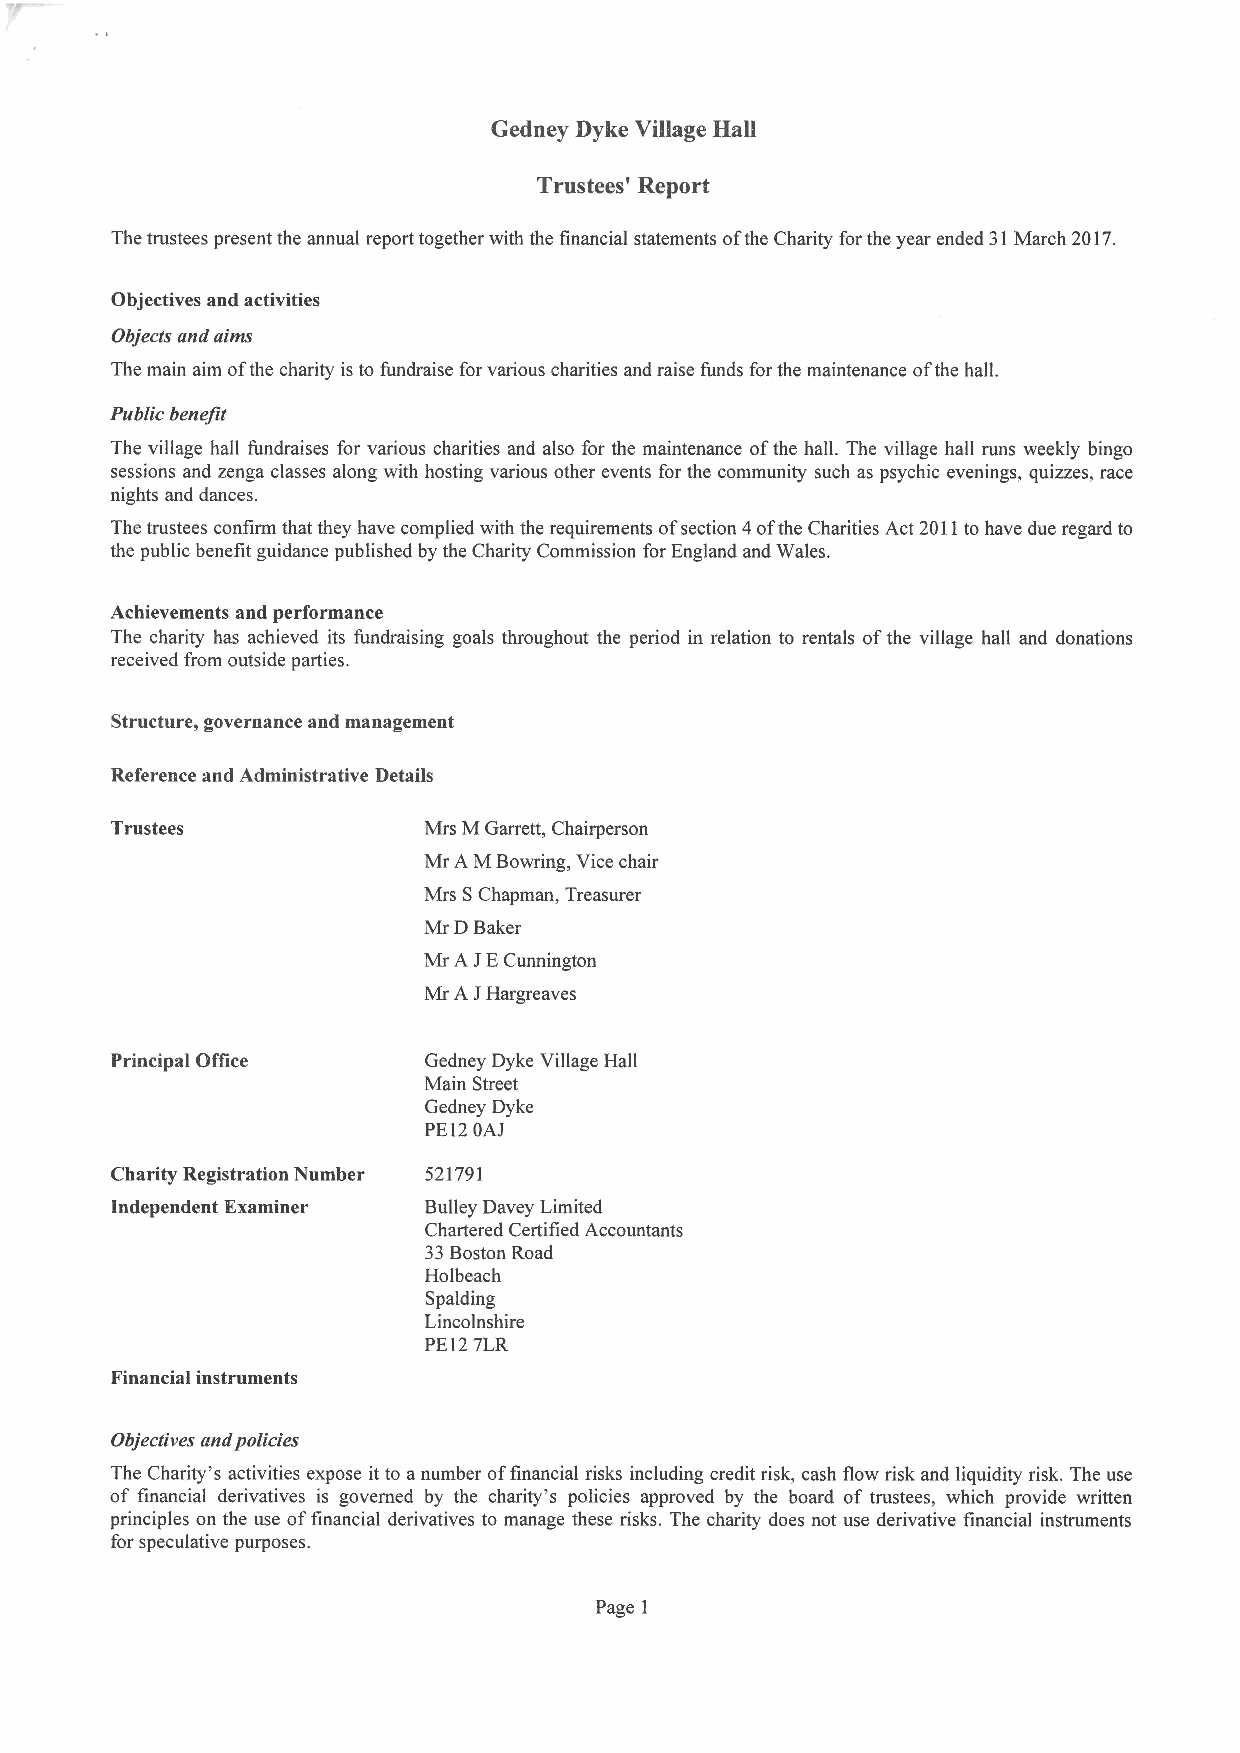
Gedney Dyke Village Hall
 Trustees' Report
 The trustees present the annual report together with the financial statements ofthe Charity for the year ended 31March 2017.
 Objectives and activities
 Objects and aims
 The main aim ofthe charity is to fundraise forvarious charities and raise funds for the maintenance ofthe hall.
 Public benefit
 The village hall fundraises for various charities and also for the maintenance ofthe hall. The village hall runs weekly bingo
 sessions and zenga classes along with hosting various other events for the community such as psychic evenings, quizzes, race
 nights and dances.
 The trustees confirm that they have complied with the requirements ofsection 4ofthe Charities Act 2011to have due regard to
 the public benefit guidance published by the Charity Commission for England and Wales.
 Achievements and performance
 The charity has achieved its fundraising goals throughout the period in relation to rentals ofthe village hall and donations
 received from outside parties.
 Structure, governance and management
 Reference and Administrative Details
 Trustees             Mrs M Garrett, Chairperson
 Mr A MBowring, Vice chair
 Mrs SChapman, Treasurer
 Mr DBaker
 Mr A JECunnington
 Mr A JHargreaves
 Principal Office     Gedney Dyke Village Hall
 Main Street
 Gedney Dyke
 PE12OAJ
 Charity Registration Number 521791
 Independent Examiner Bulley Davey Limited
 Chartered Certified Accountants
 33Boston Road
 Holbeach
 Spalding
 Lincolnshire
 PE127LR
 Financial instruments
 Objectives and policies
 The Charity's activities expose it to anumber offinancial risks including credit risk, cash flow risk and liquidity risk. The use
 of financial derivatives is governed by the charity's policies approved by the board of trustees, which provide written
 principles on the use offinancial derivatives to manage these risks. The charity does not use derivative financial instruments
 for speculative purposes.
 Page 1